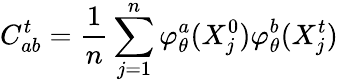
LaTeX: C_{ab}^{t}=\frac{1}{n}\sum_{j=1}^{n}\varphi_{\theta}^{a}(X_{j}^{0})\varphi_{\theta}^{b}(X_{j}^{t})